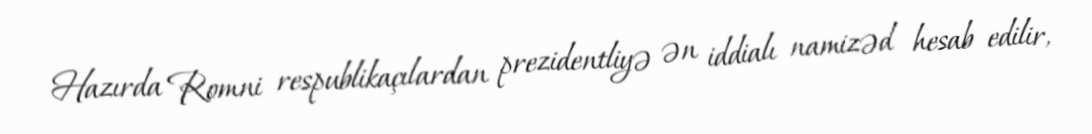
Hazırda Romni respublikaçılardan prezidentliyə ən iddialı namizəd hesab edilir,